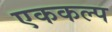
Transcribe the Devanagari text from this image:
एककल्प